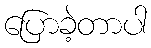
ပြောခဲ့တာပါ